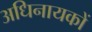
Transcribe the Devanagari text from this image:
अधिनायकों